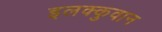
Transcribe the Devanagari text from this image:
इलक्कुवान